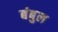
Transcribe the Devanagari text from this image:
बंबुल